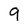
Character: 9